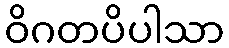
ဝိဂတပိပါသာ